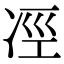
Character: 𠗊